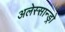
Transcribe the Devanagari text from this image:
अलेस्सान्ड्रो